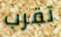
تقرب